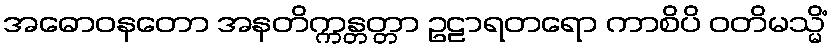
အဓောဝနတော အနတိက္ကန္တတ္တာ ဥဠာရတရော ကာစိပိ ဝတိမသ္မိံ